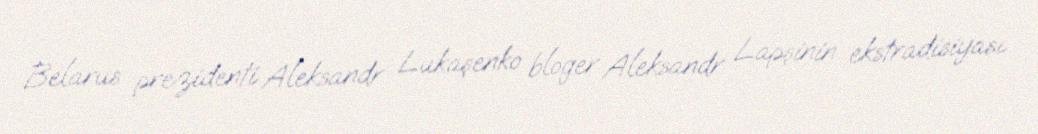
Belarus prezidenti Aleksandr Lukaşenko bloger Aleksandr Lapşinin ekstradisiyası